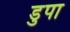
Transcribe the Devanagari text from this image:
डुपा